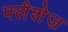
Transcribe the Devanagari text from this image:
फ्लैशेज़